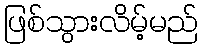
ဖြစ်သွားလိမ့်မည်